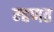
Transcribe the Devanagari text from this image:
म्‍हणत